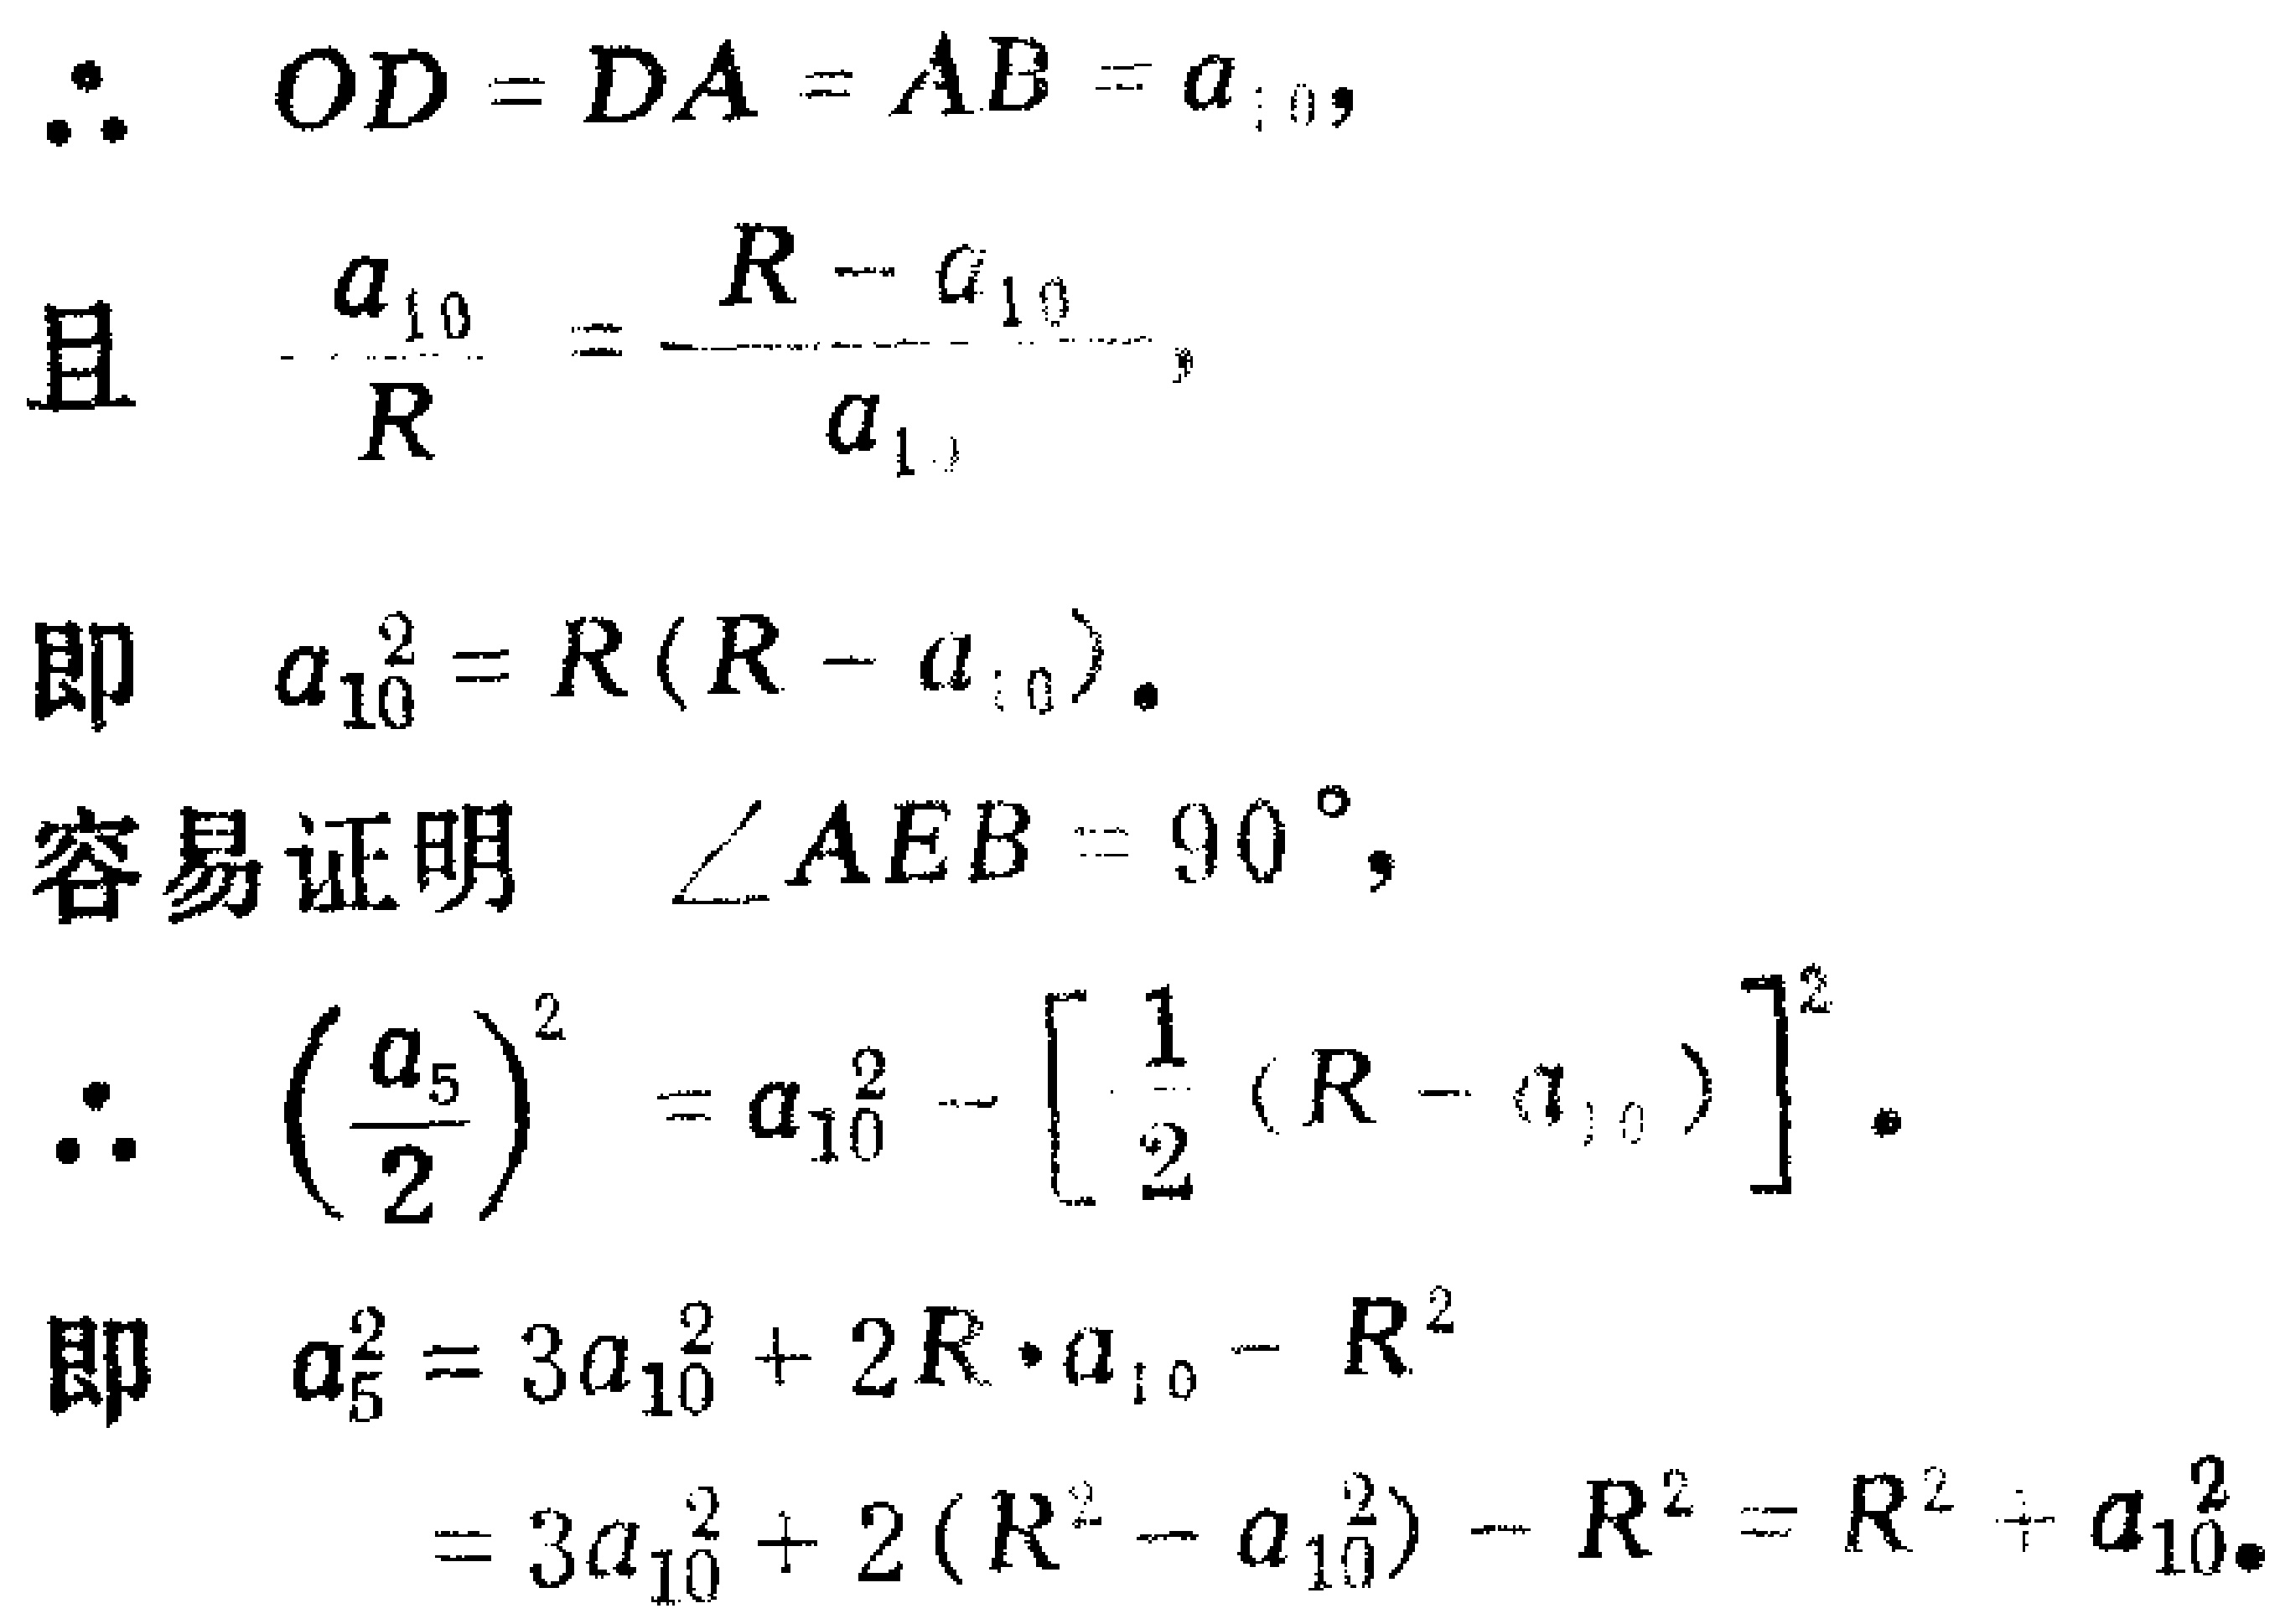
\begin{align*}
&\therefore\ OD = DA = AB = a_{10},\\
&且\ \frac{a_{10}}{R}=\frac{R - a_{10}}{a_{10}},\\
&即\ a_{10}^{2}=R(R - a_{10}).\\
&容易证明\ \angle AEB = 90^{\circ},\\
&\therefore\ \left(\frac{a_{5}}{2}\right)^{2}=a_{10}^{2}-\left[\frac{1}{2}(R - a_{10})\right]^{2}.\\
&即\ a_{5}^{2}=3a_{10}^{2}+2R\cdot a_{10}-R^{2}\\
&\quad\quad=3a_{10}^{2}+2(R^{2}-a_{10}^{2})-R^{2}=R^{2}+a_{10}^{2}.
\end{align*}